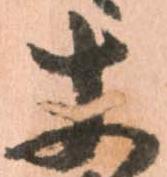
丈